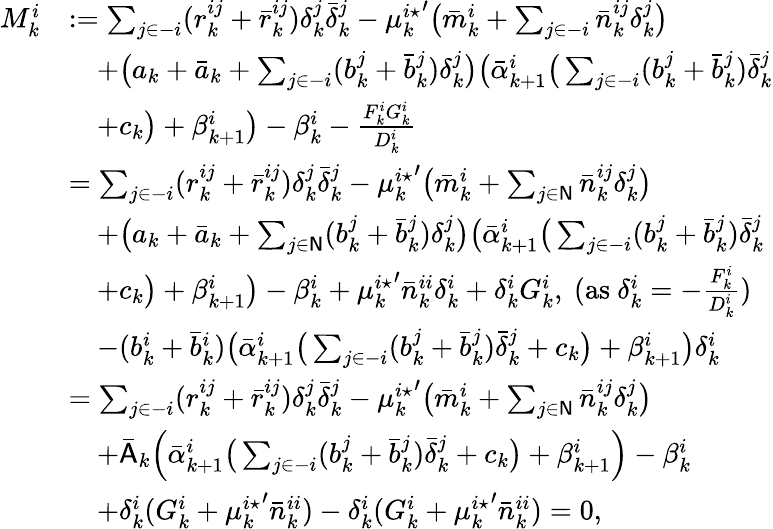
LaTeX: \begin{array}{rl}{M_{k}^{i}}&{:=\sum_{j\in-i}(r_{k}^{ij}+\bar{r}_{k}^{ij})\delta_{k}^{j}\bar{\delta}_{k}^{j}-{\mu_{k}^{i\star}}^{\prime}\big(\bar{m}_{k}^{i}+\sum_{j\in-i}\bar{n}_{k}^{ij}\delta_{k}^{j}\big)}\\ &{\quad+\big(a_{k}+\bar{a}_{k}+\sum_{j\in-i}(b_{k}^{j}+\bar{b}_{k}^{j})\delta_{k}^{j}\big)\big(\bar{\alpha}_{k+1}^{i}\big(\sum_{j\in-i}(b_{k}^{j}+\bar{b}_{k}^{j})\bar{\delta}_{k}^{j}}\\ &{\quad+c_{k}\big)+\beta_{k+1}^{i}\big)-\beta_{k}^{i}-\frac{F_{k}^{i}G_{k}^{i}}{D_{k}^{i}}}\\ &{=\sum_{j\in-i}(r_{k}^{ij}+\bar{r}_{k}^{ij})\delta_{k}^{j}\bar{\delta}_{k}^{j}-{\mu_{k}^{i\star}}^{\prime}\big(\bar{m}_{k}^{i}+\sum_{j\in\mathsf{N}}\bar{n}_{k}^{ij}\delta_{k}^{j}\big)}\\ &{\quad+\big(a_{k}+\bar{a}_{k}+\sum_{j\in\mathsf{N}}(b_{k}^{j}+\bar{b}_{k}^{j})\delta_{k}^{j}\big)\big(\bar{\alpha}_{k+1}^{i}\big(\sum_{j\in-i}(b_{k}^{j}+\bar{b}_{k}^{j})\bar{\delta}_{k}^{j}}\\ &{\quad+c_{k}\big)+\beta_{k+1}^{i}\big)-\beta_{k}^{i}+{\mu_{k}^{i\star}}^{\prime}\bar{n}_{k}^{ii}\delta_{k}^{i}+\delta_{k}^{i}G_{k}^{i},~(\textrm{as}~\delta_{k}^{i}=-\frac{F_{k}^{i}}{D_{k}^{i}})}\\ &{\quad-(b_{k}^{i}+\bar{b}_{k}^{i})\big(\bar{\alpha}_{k+1}^{i}\big(\sum_{j\in-i}(b_{k}^{j}+\bar{b}_{k}^{j})\bar{\delta}_{k}^{j}+c_{k}\big)+\beta_{k+1}^{i}\big)\delta_{k}^{i}}\\ &{=\sum_{j\in-i}(r_{k}^{ij}+\bar{r}_{k}^{ij})\delta_{k}^{j}\bar{\delta}_{k}^{j}-{\mu_{k}^{i\star}}^{\prime}\big(\bar{m}_{k}^{i}+\sum_{j\in\mathsf{N}}\bar{n}_{k}^{ij}\delta_{k}^{j}\big)}\\ &{\quad+\bar{\mathsf{A}}_{k}\Big(\bar{\alpha}_{k+1}^{i}\big(\sum_{j\in-i}(b_{k}^{j}+\bar{b}_{k}^{j})\bar{\delta}_{k}^{j}+c_{k}\big)+\beta_{k+1}^{i}\Big)-\beta_{k}^{i}}\\ &{\quad+\delta_{k}^{i}(G_{k}^{i}+{\mu_{k}^{i\star}}^{\prime}\bar{n}_{k}^{ii})-\delta_{k}^{i}(G_{k}^{i}+{\mu_{k}^{i\star}}^{\prime}\bar{n}_{k}^{ii})=0,}\end{array}